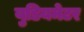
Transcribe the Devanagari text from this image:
युडियमेटर